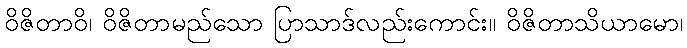
ဝိဇိတာဝိ၊ ဝိဇိတာမည်သော ပြာသာဒ်လည်းကောင်း။ ဝိဇိတာသိယာမော၊